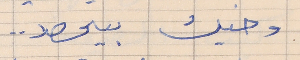
وخيك بيحصد . .